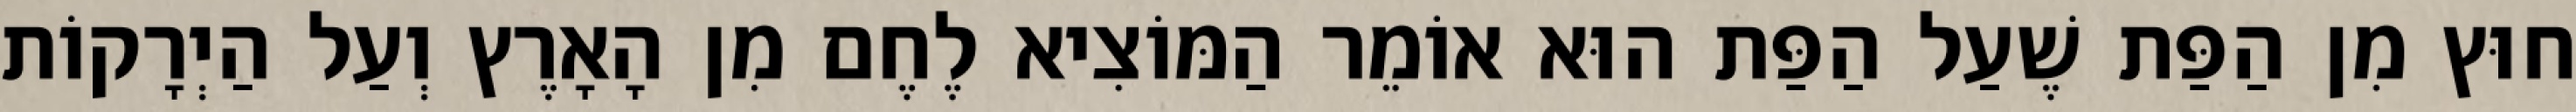
חוּץ מִן הַפַּת שֶׁעַל הַפַּת הוּא אוֹמֵר הַמּוֹצִיא לֶחֶם מִן הָאָרֶץ וְעַל הַיְרָקוֹת